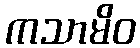
ကသာမိဝ